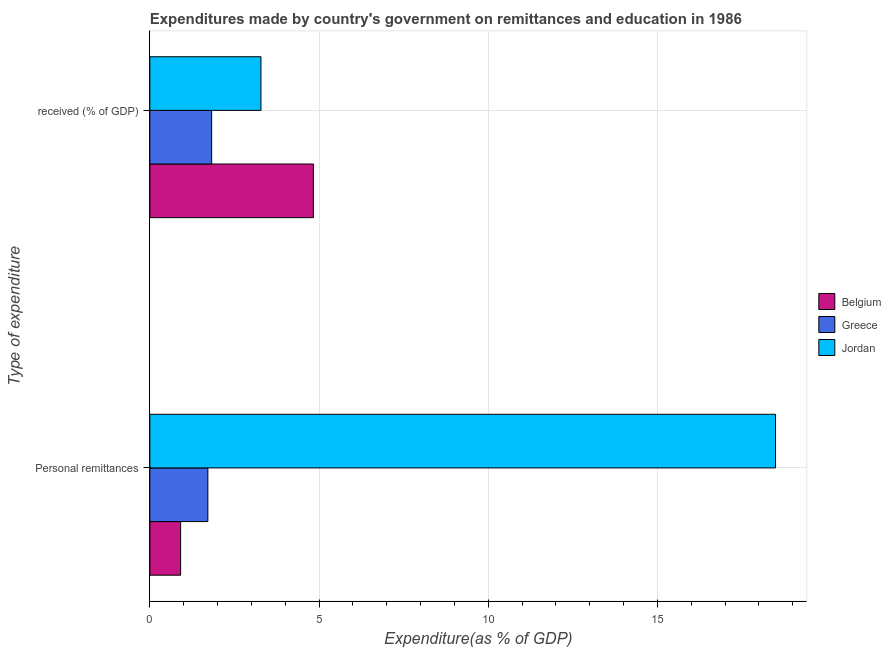
| Type of expenditure | Belgium | Greece | Jordan |
 | --- | --- | --- | --- |
 | Personal remittances | 0.91 | 1.72 | 18.5 |
 |  received (% of GDP) | 4.83 | 1.83 | 3.28 |